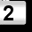
Digit: 2